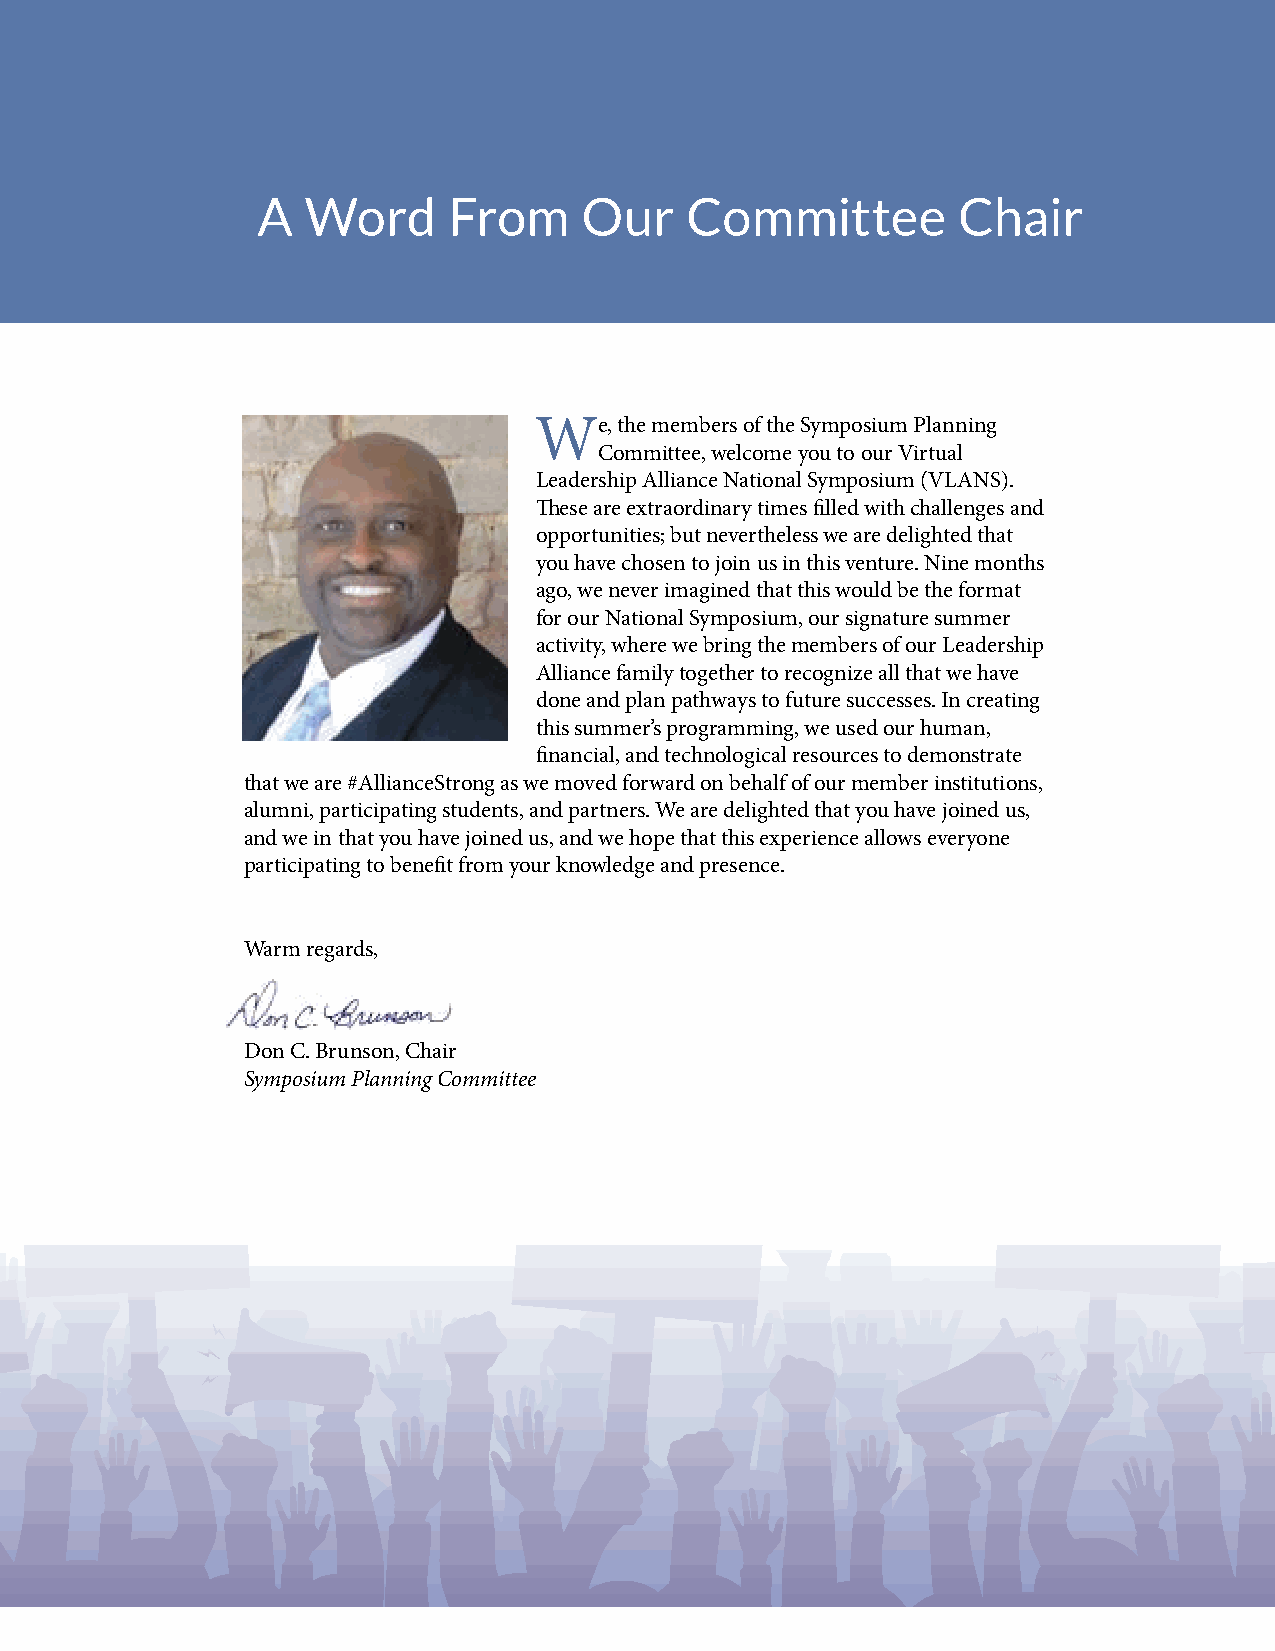
A  Word      From     Our   Committee         Chair
 We,   the members of the Symposium Planning
 Committee, welcome you to our Virtual
 Leadership Alliance National Symposium (VLANS).
 Tese are extraordinary times flled with challenges and
 opportunities; but nevertheless we are delighted that
 you have chosen to join us in this venture. Nine months
 ago, we never imagined that this would be the format
 for our National Symposium, our signature summer
 activity, where we bring the members of our Leadership
 Alliance family together to recognize all that we have
 done and plan pathways to future successes. In creating
 this summer’s programming, we used our human,
 fnancial, and technological resources to demonstrate
 that we are #AllianceStrong as we moved forward on behalf of our member institutions,
 alumni, participating students, and partners. We are delighted that you have joined us,
 and we in that you have joined us, and we hope that this experience allows everyone
 participating to beneft from your knowledge and presence.
 Warm regards,
 Don C. Brunson, Chair
 Symposium Planning Committee